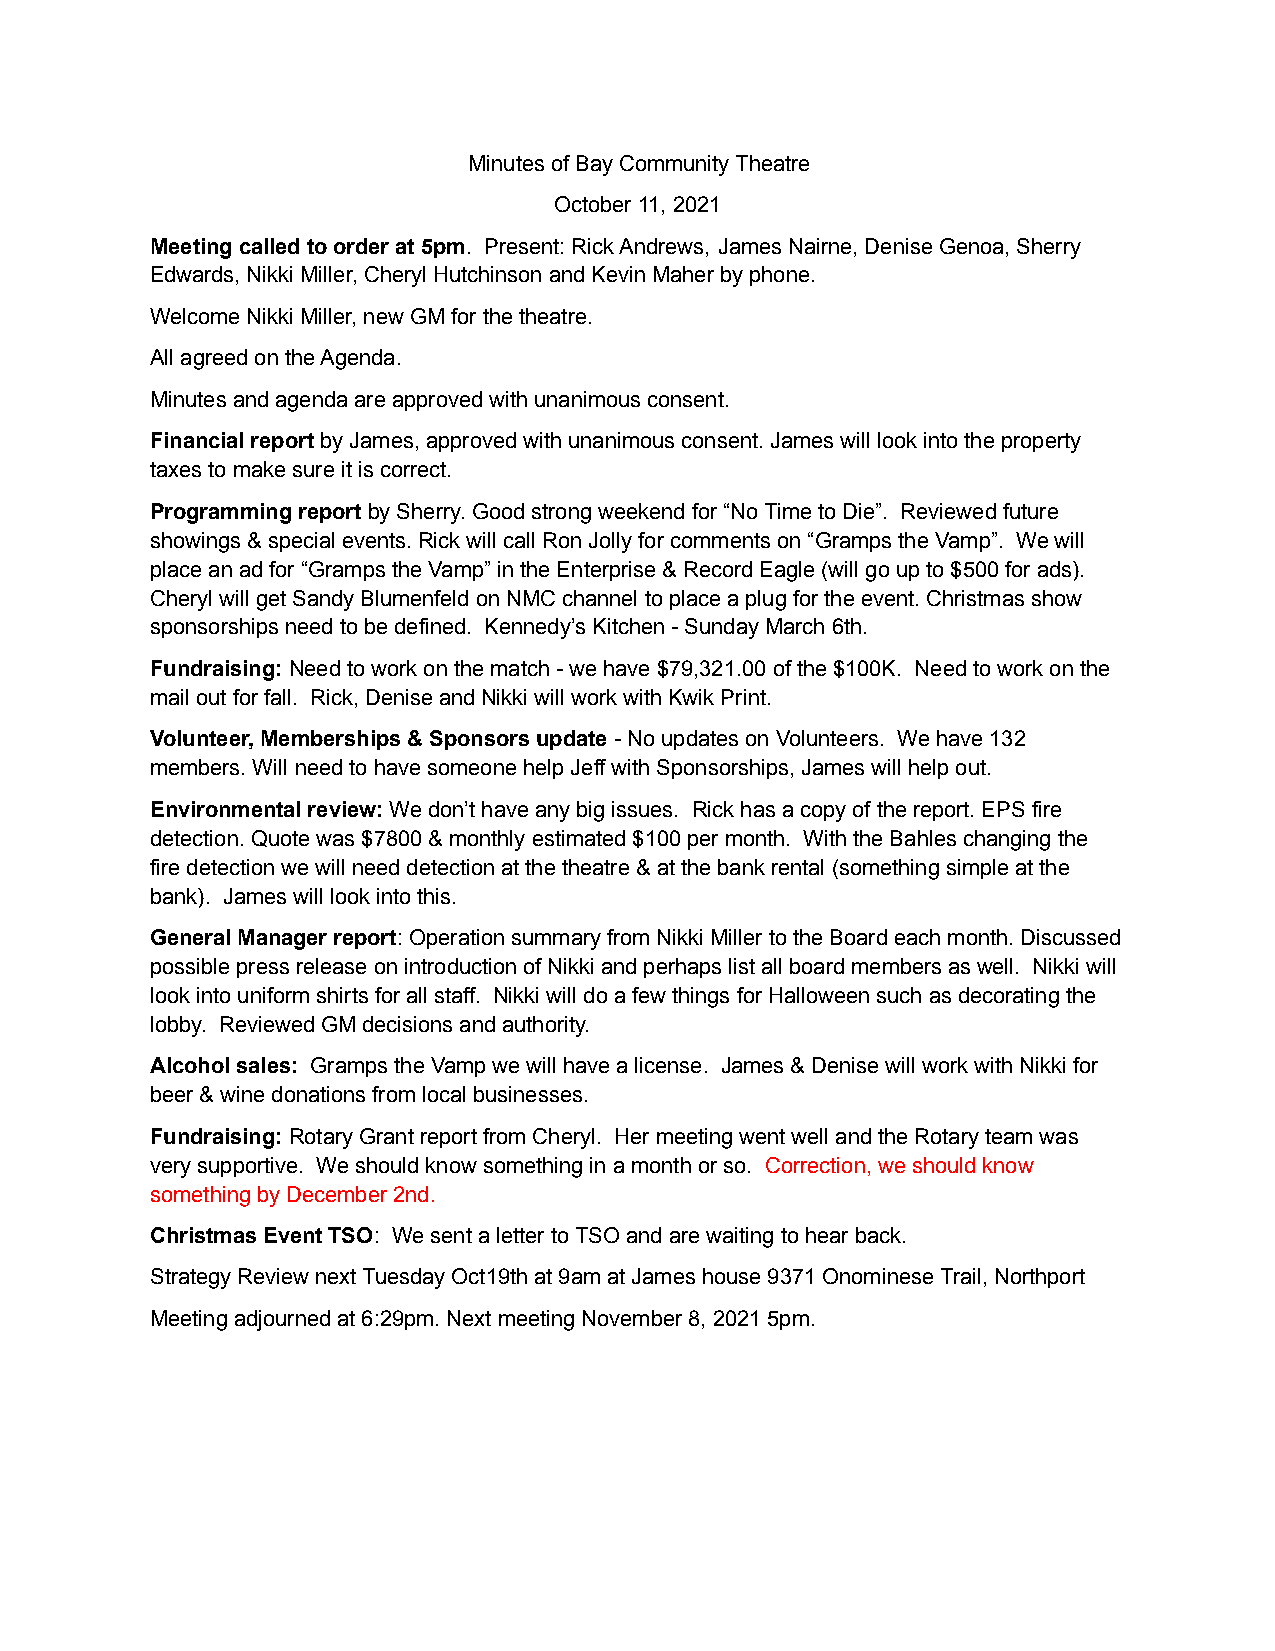
Minutes of Bay Community Theatre
 October 11, 2021
 Meeting called to order at 5pm. Present: Rick Andrews, James Nairne, Denise Genoa, Sherry
 Edwards, Nikki Miller, Cheryl Hutchinson and Kevin Maher by phone.
 Welcome Nikki Miller, new GM for the theatre.
 All agreed on the Agenda.
 Minutes and agenda are approved with unanimous consent.
 Financial reportby James, approved with unanimousconsent. James will look into the property
 taxes to make sure it is correct.
 Programming reportby Sherry. Good strong weekendfor “No Time to Die”. Reviewed future
 showings & special events. Rick will call Ron Jolly for comments on “Gramps the Vamp”. We will
 place an ad for “Gramps the Vamp” in the Enterprise & Record Eagle (will go up to $500 for ads).
 Cheryl will get Sandy Blumenfeld on NMC channel to place a plug for the event. Christmas show
 sponsorships need to be defined. Kennedy’s Kitchen - Sunday March 6th.
 Fundraising:Need to work on the match - we have $79,321.00of the $100K. Need to work on the
 mail out for fall. Rick, Denise and Nikki will work with Kwik Print.
 Volunteer, Memberships & Sponsors update- No updateson Volunteers. We have 132
 members. Will need to have someone help Jeff with Sponsorships, James will help out.
 Environmental review:We don’t have any big issues. Rick has a copy of the report. EPS fire
 detection. Quote was $7800 & monthly estimated $100 per month. With the Bahles changing the
 fire detection we will need detection at the theatre & at the bank rental (something simple at the
 bank). James will look into this.
 General Manager report: Operation summary from NikkiMiller to the Board each month. Discussed
 possible press release on introduction of Nikki and perhaps list all board members as well. Nikki will
 look into uniform shirts for all staff. Nikki will do a few things for Halloween such as decorating the
 lobby. Reviewed GM decisions and authority.
 Alcohol sales: Gramps the Vamp we will have a license. James & Denise will work with Nikki for
 beer & wine donations from local businesses.
 Fundraising:Rotary Grant report from Cheryl. Hermeeting went well and the Rotary team was
 very supportive. We should know something in a month or so. Correction, we should know
 something by December 2nd.
 Christmas Event TSO: We sent a letter to TSO and are waiting to hear back.
 Strategy Review next Tuesday Oct19th at 9am at James house 9371 Onominese Trail, Northport
 Meeting adjourned at 6:29pm. Next meeting November 8, 2021 5pm.